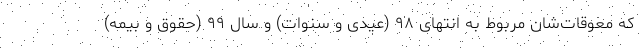
که معوقات‌شان مربوط به انتهای ۹۸ (عیدی و سنوات) و سال ۹۹ (حقوق و بیمه)